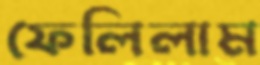
ফেলিলাম